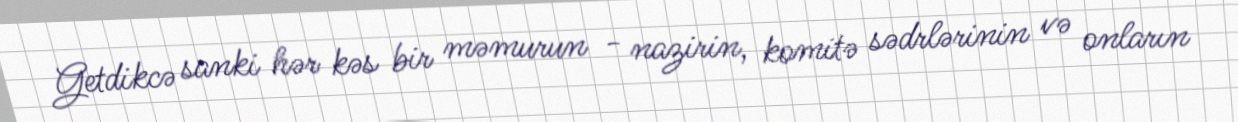
Getdikcə sanki hər kəs bir məmurun - nazirin, komitə sədrlərinin və onların